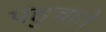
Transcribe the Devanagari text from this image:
पंहुचाते